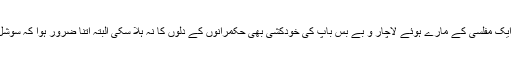
شدید سردی سے بچانے کے لئے اپنے بچوں کو گرم کپڑے دلوانے کی سکت نہ رکھنے والے ایک مفلسی کے مارے ہوئے لاچار و بے بس باپ کی خودکشی بھی حکمرانوں کے دلوں کا نہ ہلا سکی البتہ اتنا ضرور ہوا کہ سوشل میڈیا اور ہمارے ٹی وی چینلز کو اپنی ریٹینگ بڑھانے کیلئے ایک خبر ضرور مل گئی تھی ۔